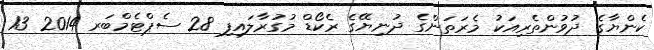
ކެންޔާގެ ދުވުންތެރިއަކު މެރަތަންގެ ދުނިޔޭގެ ރެކޯޑް މުގުރާލައިފި 28 ސެޕްޓެމްބަރ 2014 13